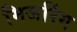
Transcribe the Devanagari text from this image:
मिजरिंग